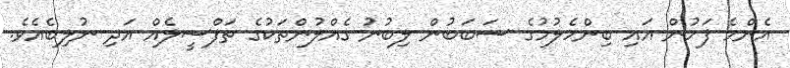
އެންމެ ފަހުން އައި ބިންހެލުމުގެ ސަބަބުން ލިބުނު ގެއްލުންތަކުގެ ތަފްސީލެއް އަދި ނުލިބެއެވެ.